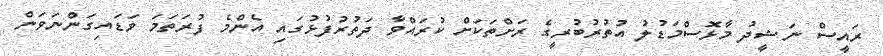
ރައީސް ނަޝީދު މާޅޮސްމަޑުލު އުތުރުބުރީގެ ރަށްތަކަށް ކުރައްވާ ދަތުރުފުޅުގައި އެންމެ ފުރަތަމަ ވަޑައިގަންނަވަން